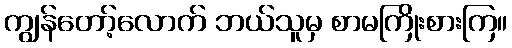
ကျွန်တော့်လောက် ဘယ်သူမှ စာမကြိုးစားကြ။